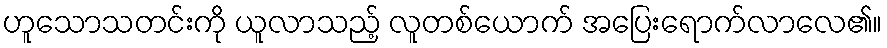
ဟူသောသတင်းကို ယူလာသည့် လူတစ်ယောက် အပြေးရောက်လာလေ၏။